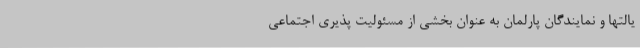
یالتها و نمایندگان پارلمان به عنوان بخشی از مسئولیت پذیری اجتماعی